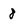
Character: 8